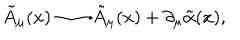
LaTeX: \tilde { A } _ { \mu } ( x ) \longrightarrow \tilde { A } _ { \mu } ( x ) + \partial _ { \mu } \tilde { \alpha } ( x ) ,